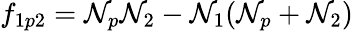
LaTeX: f_{1p2}=\mathcal{N}_{p}\mathcal{N}_{2}-\mathcal{N}_{1}(\mathcal{N}_{p}+\mathcal{N}_{2})